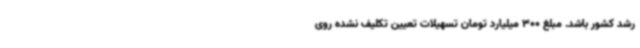
رشد کشور باشد. مبلغ 300 میلیارد تومان تسهیلات تعیین تکلیف نشده روی